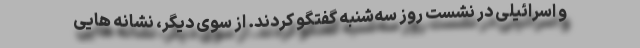
و اسرائیلی در نشست روز سه‌شنبه گفتگو کردند. از سوی دیگر، نشانه هایی